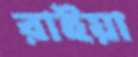
রাইয়া